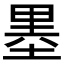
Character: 𱗐